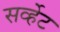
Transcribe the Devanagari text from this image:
सर्व्हेट